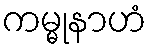
ကမ္မုနာဟံ